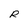
Character: R